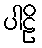
ပါဠိ